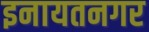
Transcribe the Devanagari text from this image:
इनायतनगर